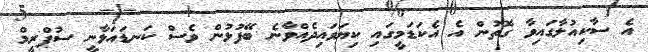
އެ ސާކިއުލާގައިވާ ގޮތުން އެ އެކަޑަމީގައި ކިޔަވައިދެއްވާނެ ބޭފުޅުން ވެސް ކަނޑައަޅާނީ ސުޕްރީމް